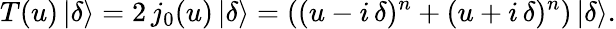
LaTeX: T(u)\, |\delta\rangle=2\, j_{0}(u)\, |\delta\rangle=\left((u-i\, \delta)^{n}+(u+i\, \delta)^{n}\right)\, |\delta\rangle.